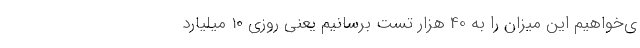
ی‌خواهیم این میزان را به 40 هزار تست برسانیم یعنی روزی 10 میلیارد